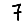
Digit: 7